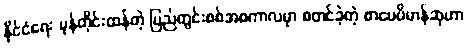
နိုင်ငံရေး မုန်တိုင်းထန်တဲ့ ပြည်တွင်းစစ်အစကာလမှာ စတင်ခဲ့တဲ့ စာပေဗိမာန်ဆုဟာ